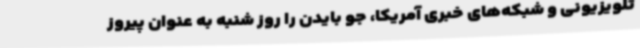
تلویزیونی و شبکه‌های خبری آمریکا،‌ جو بایدن را روز شنبه به عنوان پیروز